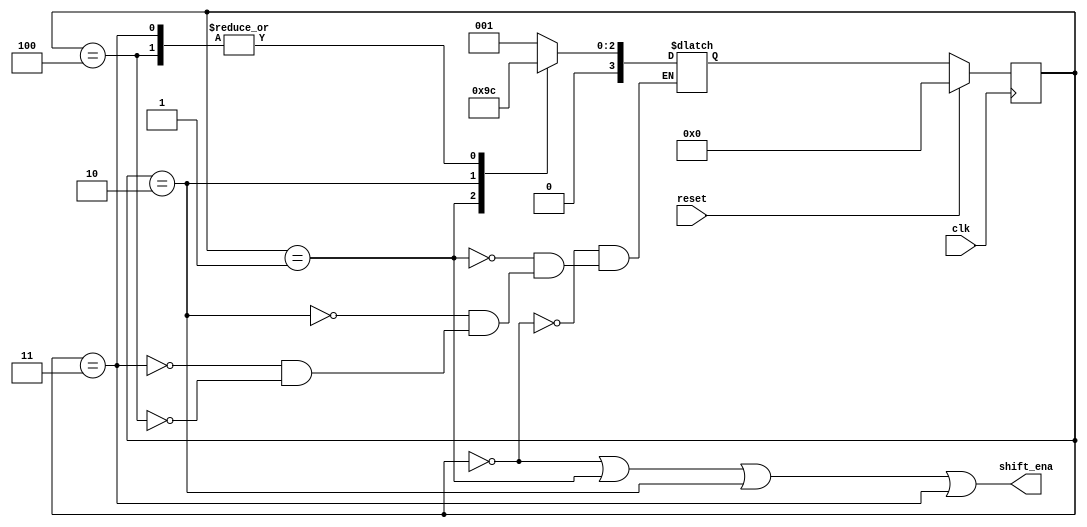
module top_module (
    input clk,
    input reset,      // Synchronous reset
    output shift_ena);
    parameter a=4'd0,b=4'd1,c=4'd2,d=4'd3,e=4'd4;
    reg [3:0]state,next;
    always@(*)begin
        case(state)
            a: next = b;
            b: next = c;
            c: next = d;
            d: next = e;
            e: next = e;
        endcase
    end
    always@(posedge clk)begin
        if(reset) state<=a;
        else state<=next;
    end
    assign shift_ena = state==a | state==b | state==c | state==d;
endmodule